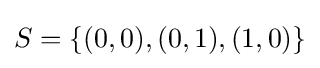
S=\{(0,0),(0,1),(1,0)\}